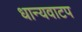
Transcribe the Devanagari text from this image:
धान्यवाटप